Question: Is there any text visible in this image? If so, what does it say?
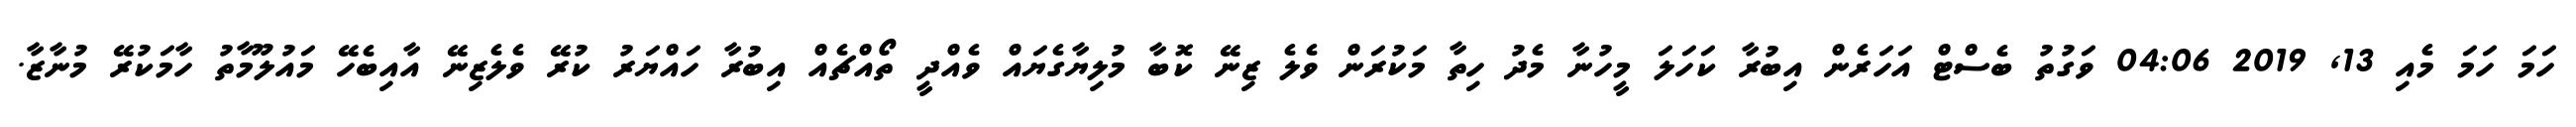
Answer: ހަމަ ހަމަ މެއި 13, 2019 04:06 ވަގުތު ބެސްޓް އަހަރެން އިބުރާ ކަހަލަ މީހުނާ މެދު ހިތާ މަކުރަން ވެލެ ޒިނޭ ކޮބާ މުލިޔާގެޔައް ވެއްދީ ތޯއްޗެއް އިބުރާ ހައްޔަރު ކުރޭ ވެލެޒިނޭ އާއިބެހޭ މައުލޫމާތު ހާމަކުރޭ މުނާޒާ.